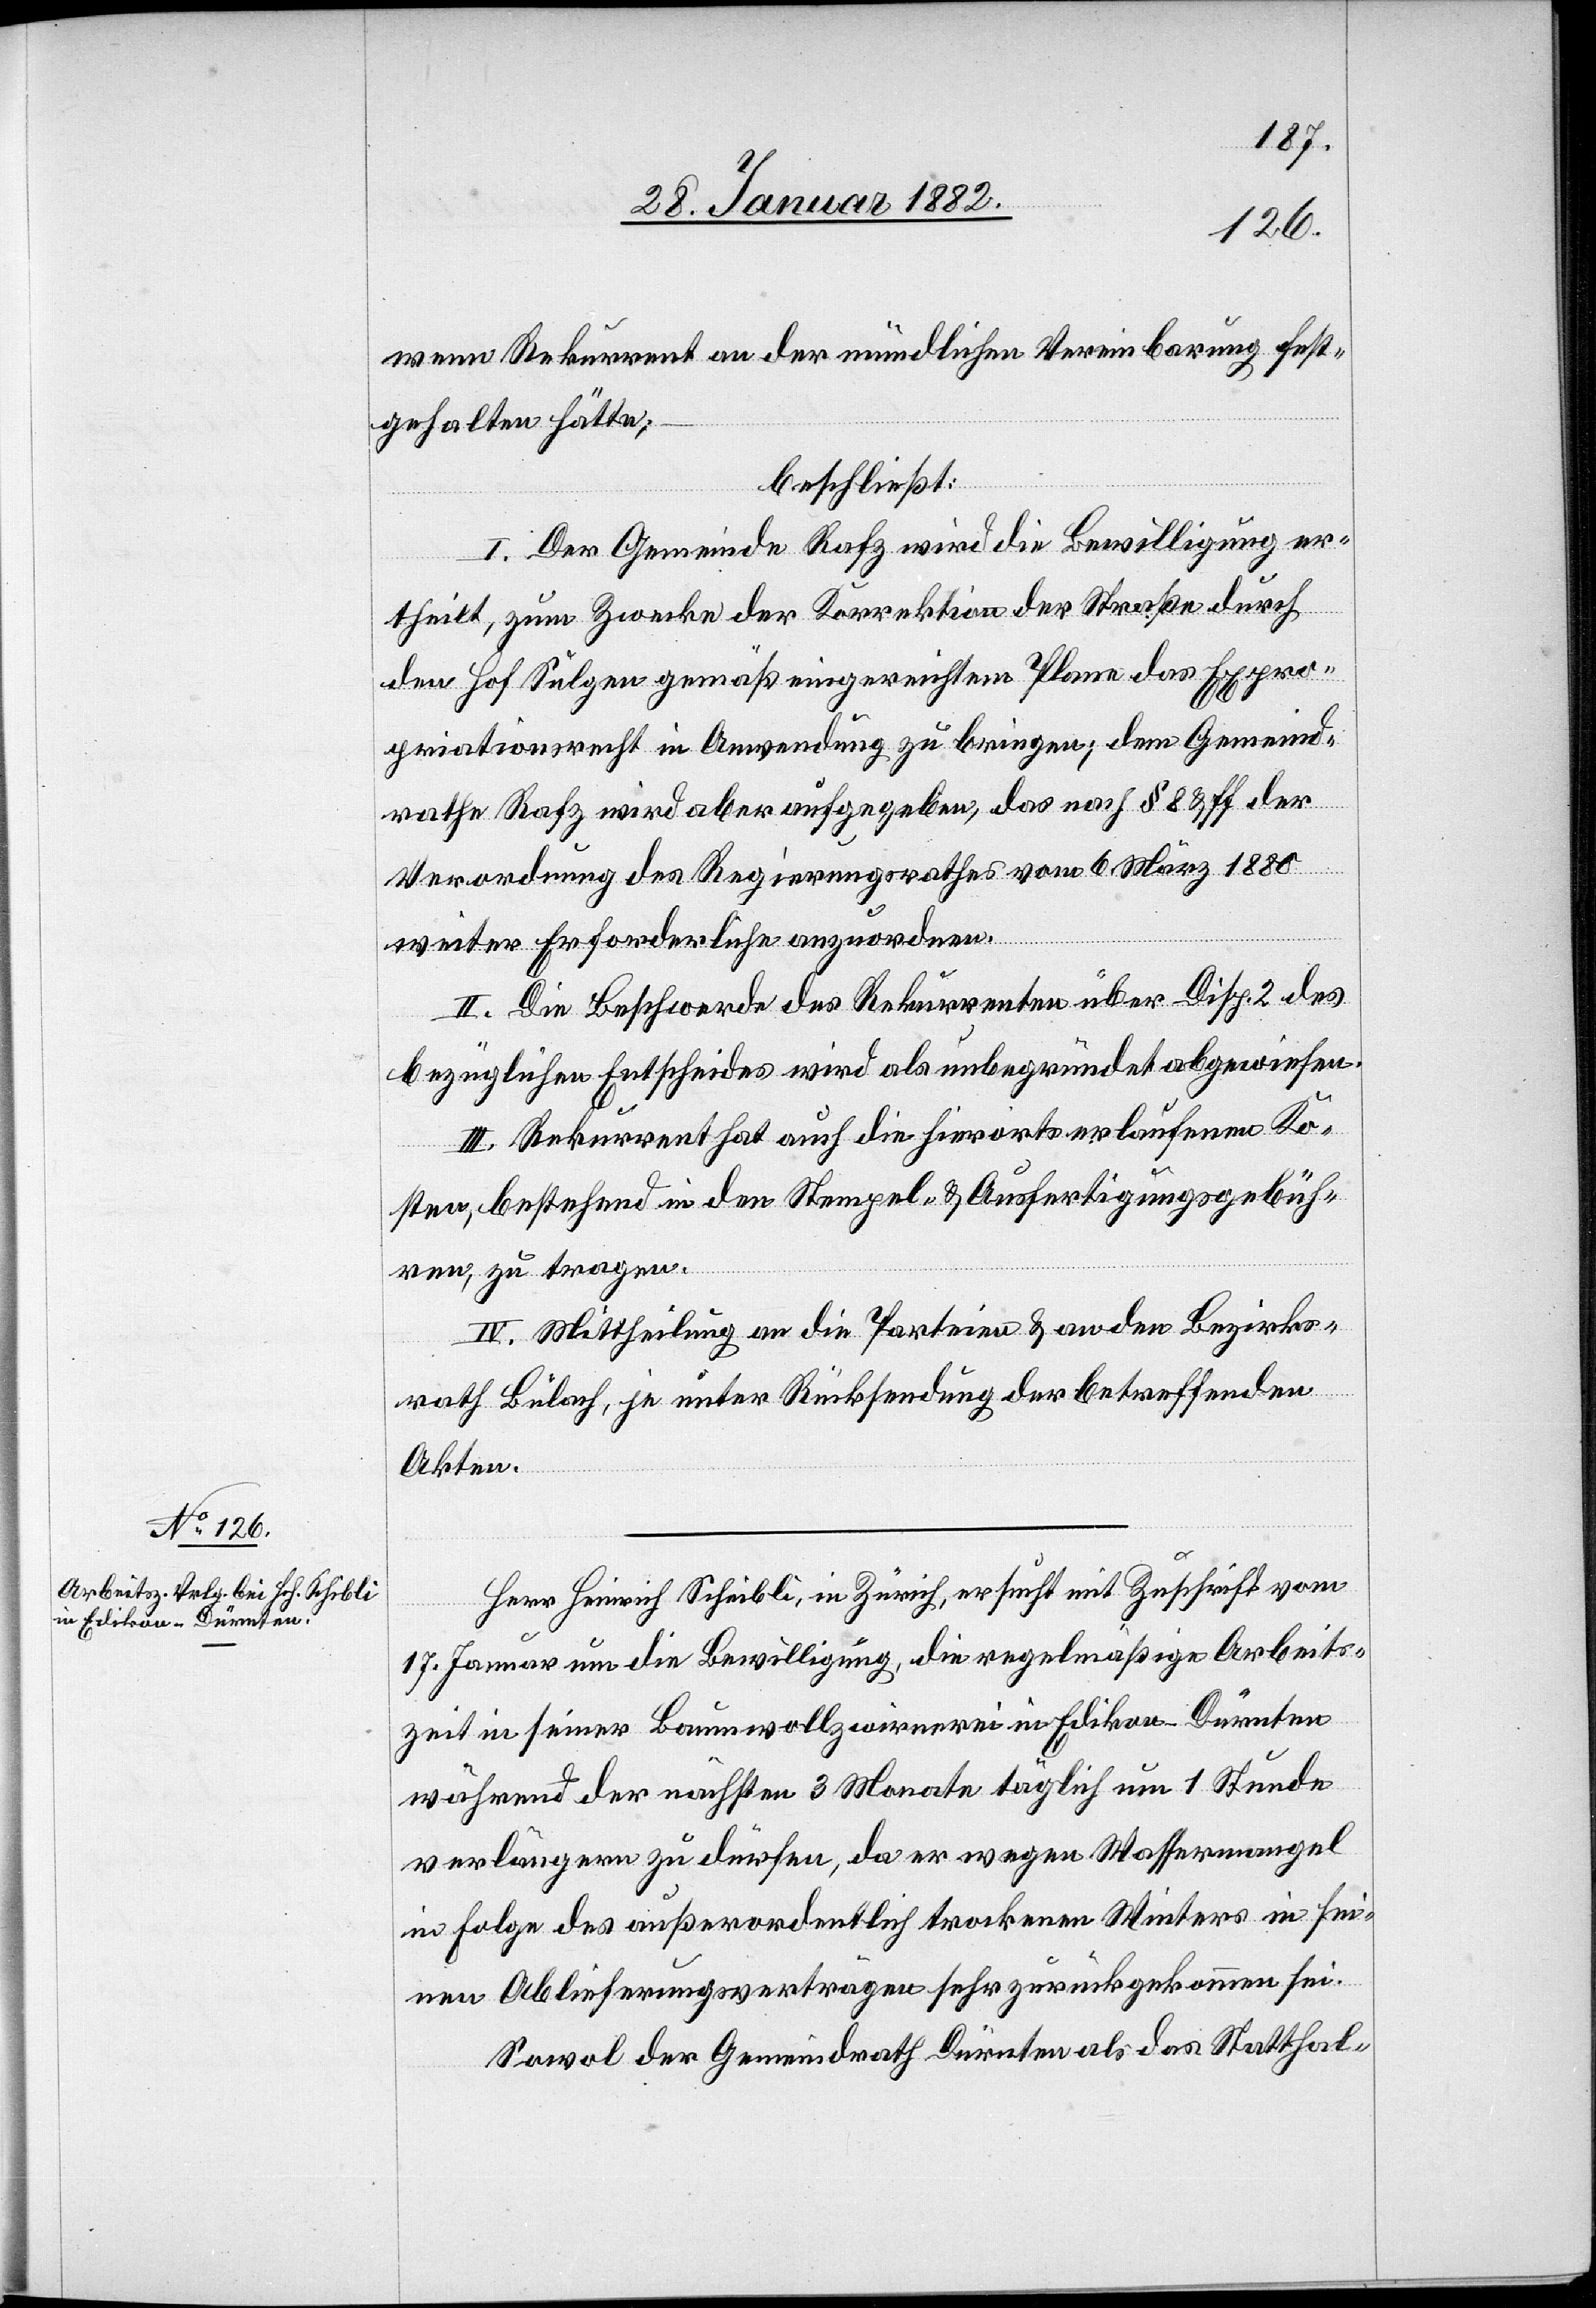
wenn Rekurrent an der mündlichen Vereinbarung fest¬
gehalten hätte;
beschließt:
I. Der Gemeinde Rafz wird die Bewilligung er¬
theilt, zum Zwecke der Korrektion der Straße durch
den Hof Sulgen gemäß eingereichtem Plane das Expro¬
priationsrecht in Anwendung zu bringen; dem Gemeind¬
rathe Rafz wird aber aufgegeben, das nach § 8 & ff der
Verordnung des Regierungsrathes vom 6. März 1880
weiter Erforderliche anzuordnen.
II. Die Beschwerde des Rekurrenten über Disp. 2 des
bezüglichen Entscheides wird als unbegründet abgewiesen.
II. Rekurrent hat auch die hierorts erlaufenen Ko¬
sten, bestehend in den Stempel- & Ausfertigungsgebüh¬
ren, zu tragen.
IV. Mittheilung an die Parteien & an den Bezirks¬
rath Bülach, je unter Rücksendung der betreffenden
Akten.
Herr Heinrich Schibli, in Zürich, ersucht mit Zuschrift vom
17. Januar um die Bewilligung, die regelmäßige Arbeits¬
zeit in seiner Baumwollzwirnerei in Edikon - Dürnten
während der nächsten 3 Monate täglich um 1 Stunde
verlängern zu dürfen, da er wegen Wassermangel
in Folge des außerordentlich trockenen Winters in sei¬
nen Ablieferungsverträgen sehr zurückgekommen sei.
Sowol der Gemeindrath Dürnten als das Statthal-